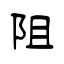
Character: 阻